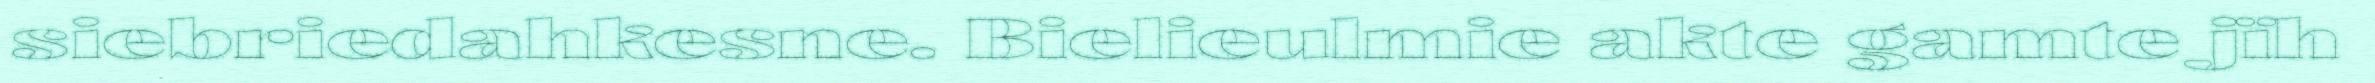
siebriedahkesne. Bielieulmie akte gamte jïh